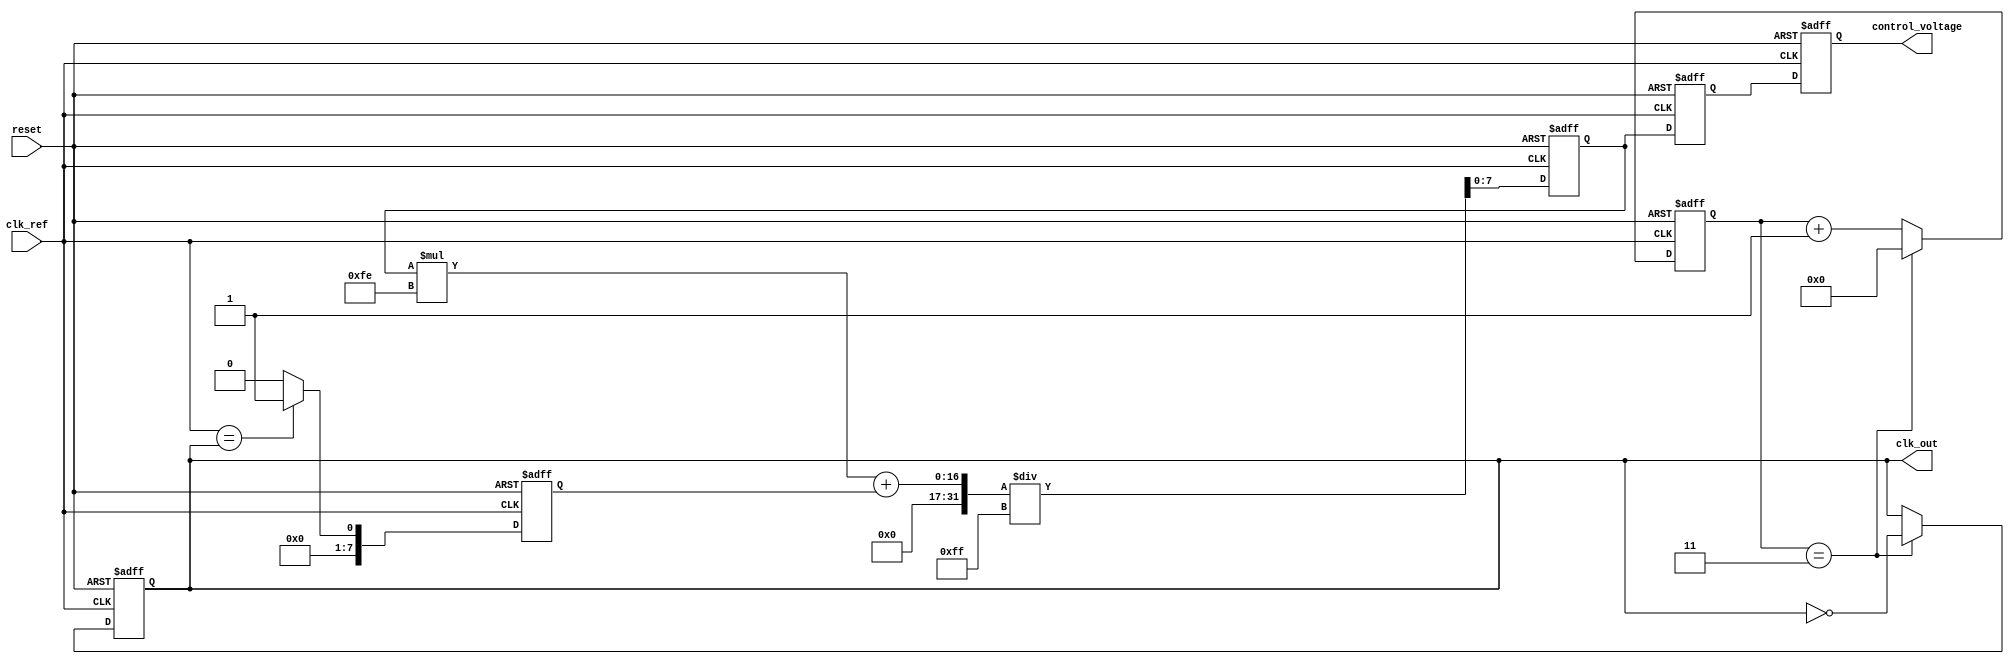
module low_jitter_pll (
    input wire clk_ref,           // Reference clock input
    input wire reset,             // Reset signal
    output reg clk_out,           // Output clock
    output reg [7:0] control_voltage // Control voltage for VCO
);

// Parameters
parameter DIV_FACTOR = 4;       // Frequency divider factor
parameter LPF_COEFF = 8'hFF;    // Low-pass filter coefficient

// Internal signals
reg [7:0] phase_error;           // Phase error signal
reg [7:0] filtered_error;        // Filtered phase error
reg [7:0] vco_output;            // VCO output frequency control
reg [3:0] counter;               // Frequency divider counter

// Phase Detector (PD)
always @(posedge clk_ref or posedge reset) begin
    if (reset) begin
        phase_error <= 8'b0;
    end else begin
        // Simple phase detector logic (example)
        phase_error <= (clk_ref == clk_out) ? 8'b00000001 : 8'b00000000;
    end
end

// Low-Pass Filter (LPF)
always @(posedge clk_ref or posedge reset) begin
    if (reset) begin
        filtered_error <= 8'b0;
    end else begin
        // Simple LPF implementation
        filtered_error <= (filtered_error * (LPF_COEFF - 1) + phase_error) / LPF_COEFF;
    end
end

// Voltage-Controlled Oscillator (VCO)
always @(posedge clk_ref or posedge reset) begin
    if (reset) begin
        vco_output <= 8'b0;
    end else begin
        // VCO output frequency control
        vco_output <= filtered_error; // Control voltage directly from LPF output
    end
end

// Frequency Divider
always @(posedge clk_ref or posedge reset) begin
    if (reset) begin
        counter <= 4'b0;
        clk_out <= 1'b0;
    end else begin
        if (counter == DIV_FACTOR - 1) begin
            clk_out <= ~clk_out; // Toggle output clock
            counter <= 4'b0;     // Reset counter
        end else begin
            counter <= counter + 1; // Increment counter
        end
    end
end

// Control Logic (for demonstration purposes)
always @(posedge clk_ref or posedge reset) begin
    if (reset) begin
        control_voltage <= 8'b0;
    end else begin
        // Update control voltage based on VCO output (for demonstration)
        control_voltage <= vco_output;
    end
end

endmodule